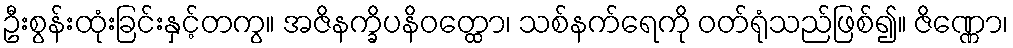
ဦးစွန်းထုံးခြင်းနှင့်တကွ။ အဇိနက္ခိပနိဝတ္ထော၊ သစ်နက်ရေကို ဝတ်ရုံသည်ဖြစ်၍။ ဇိဏ္ဏော၊